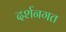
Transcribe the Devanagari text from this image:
दर्शनगत